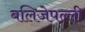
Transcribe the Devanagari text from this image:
बलिजेपल्ली